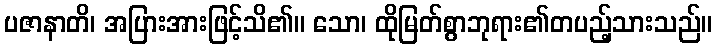
ပဇာနာတိ၊ အပြားအားဖြင့်သိ၏။ သော၊ ထိုမြတ်စွာဘုရား၏တပည့်သားသည်။